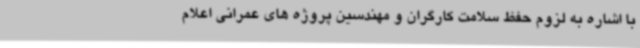
با اشاره به لزوم حفظ سلامت کارگران و مهندسین پروژه های عمرانی اعلام